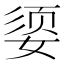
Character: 媭